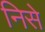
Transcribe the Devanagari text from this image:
निसे